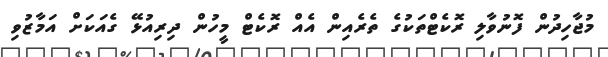
މުޖާހިދުން ފޮނުވާލި ރޮކެޓްތަކުގެ ތެރެއިން އެއް ރޮކެޓް މީހުން ދިރިއުޅޭ ގެއަކަށް އަމާޒުވި